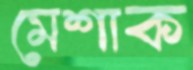
মেশাক